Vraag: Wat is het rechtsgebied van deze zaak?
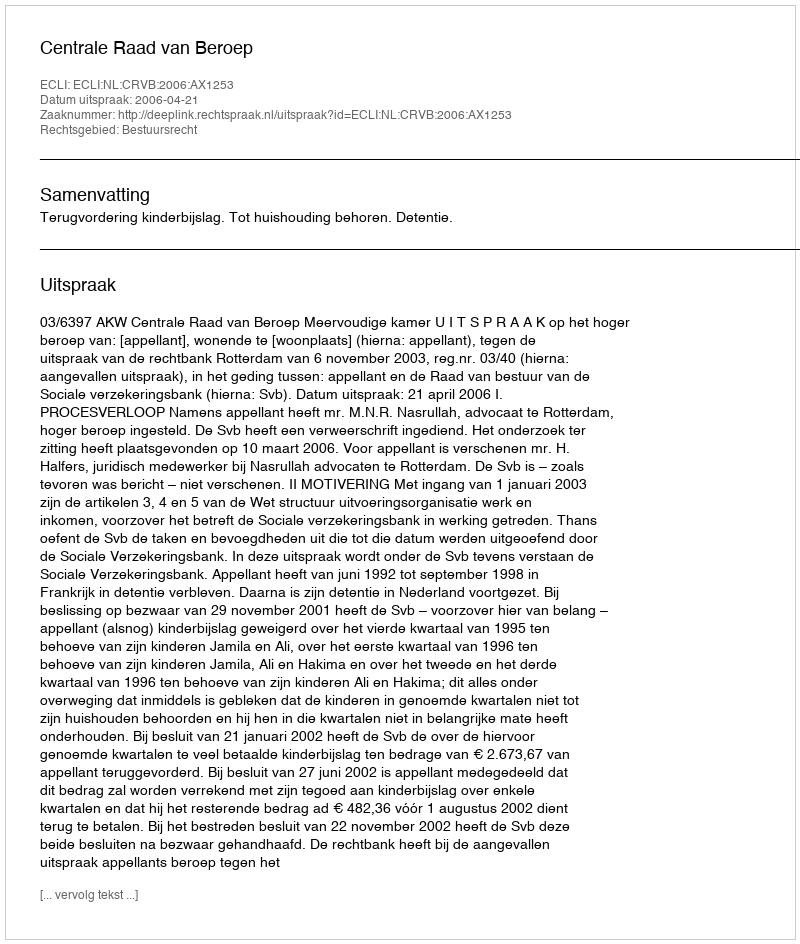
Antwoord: Bestuursrecht